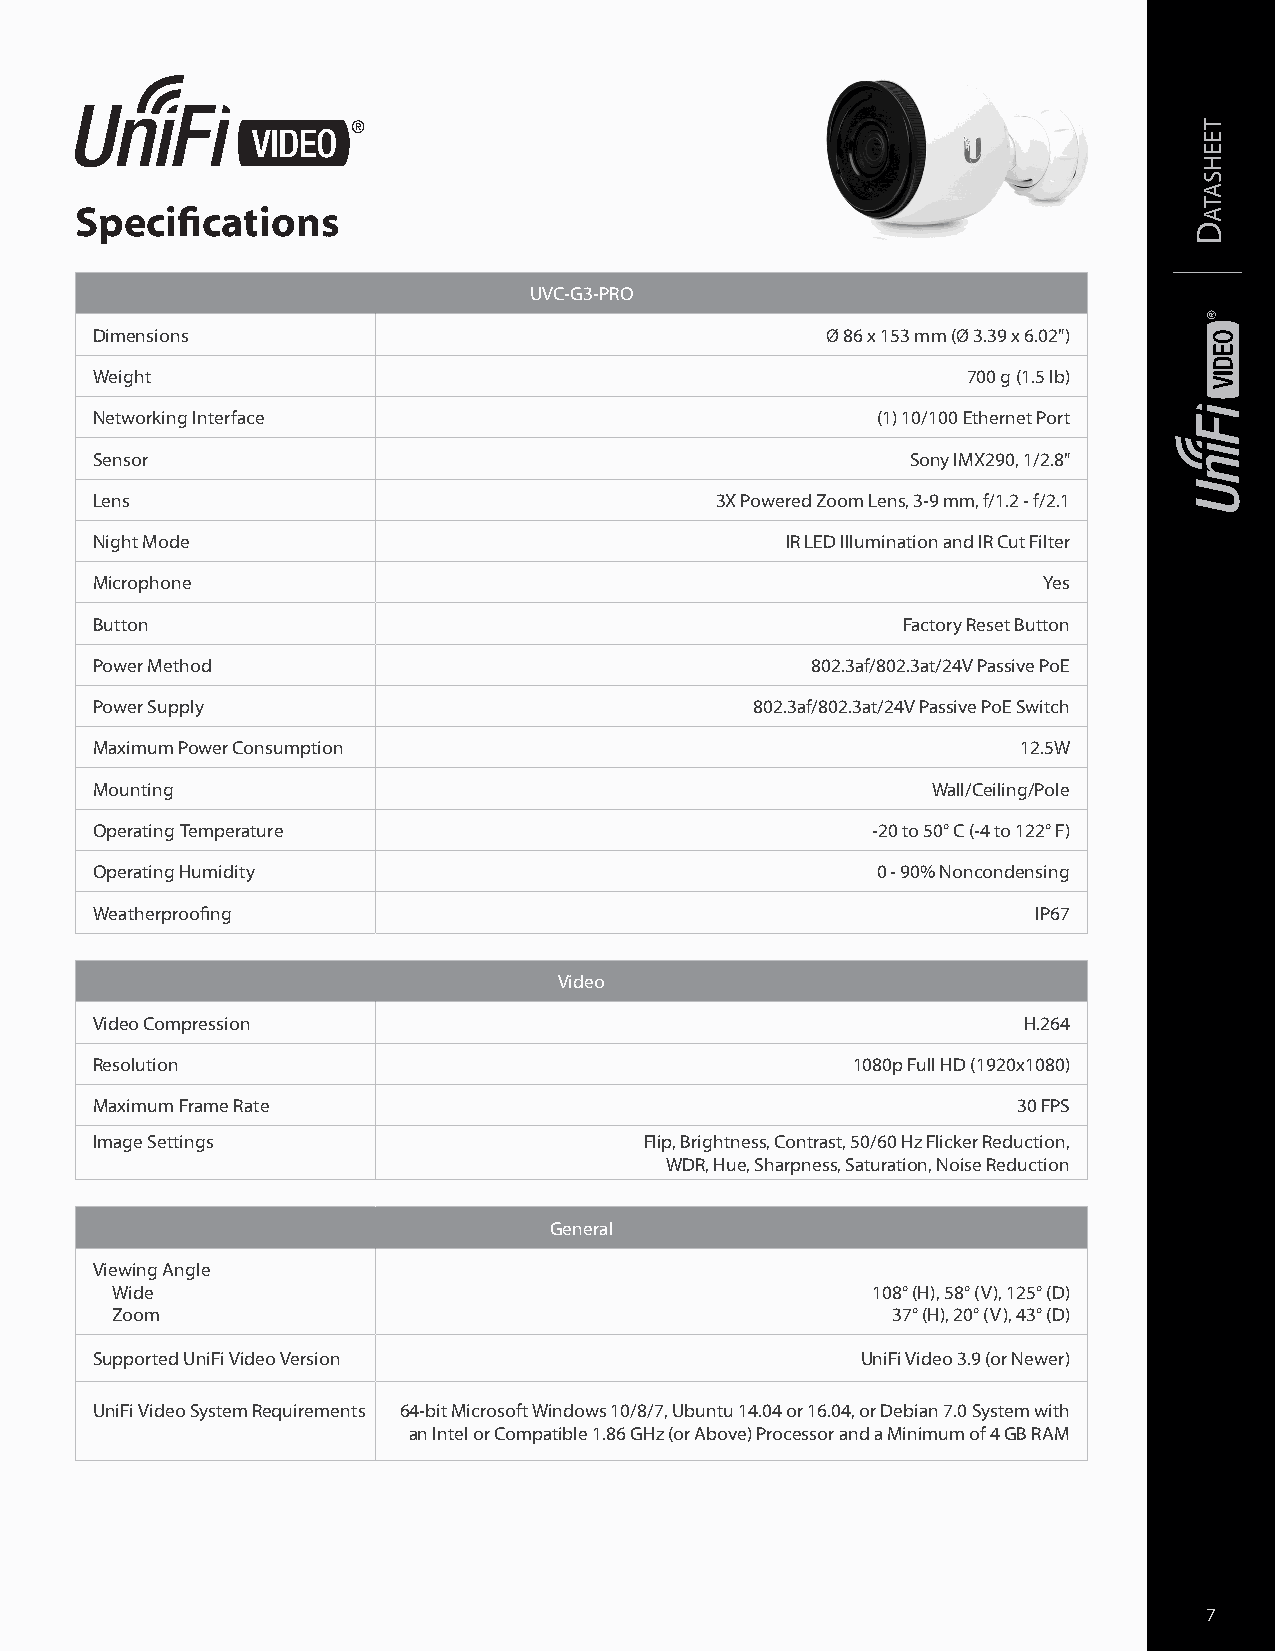
Specifications
 UVC-G3-PRO
 Dimensions                                       Ø 86 x 153 mm (Ø 3.39 x 6.02")
 Weight                                                    700 g (1.5 lb)
 Networking Interface                                (1) 10/100 Ethernet Port
 Sensor                                                Sony IMX290, 1/2.8"
 Lens                                     3X Powered Zoom Lens, 3-9 mm, f/1.2 - f/2.1
 Night Mode                                    IR LED Illumination and IR Cut Filter
 Microphone                                                     Yes
 Button                                                Factory Reset Button
 Power Method                                    802.3af/802.3at/24V Passive PoE
 Power Supply                                802.3af/802.3at/24V Passive PoE Switch
 Maximum Power Consumption                                     12.5W
 Mounting                                                Wall/Ceiling/Pole
 Operating Temperature                               -20 to 50° C (-4 to 122° F)
 Operating Humidity                                  0 - 90% Noncondensing
 Weatherproofing                                                IP67
 Video
 Video Compression                                             H.264
 Resolution                                        1080p Full HD (1920x1080)
 Maximum Frame Rate                                           30 FPS
 Image Settings                       Flip, Brightness, Contrast, 50/60 Hz Flicker Reduction,
 WDR, Hue, Sharpness, Saturation, Noise Reduction
 General
 Viewing Angle
 Wide                                               108° (H), 58° (V), 125° (D)
 Zoom                                                37° (H), 20° (V), 43° (D)
 Supported UniFi Video Version                      UniFi Video 3.9 (or Newer)
 UniFi Video System Requirements 64-bit Microsoft Windows 10/8/7, Ubuntu 14.04 or 16.04, or Debian 7.0 System with
 an Intel or Compatible 1.86 GHz (or Above) Processor and a Minimum of 4 GB RAM
 7
 D
 teehsata